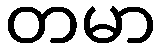
တမာ